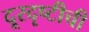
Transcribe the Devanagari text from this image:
दूरदृष्टीची